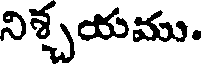
నిశ్చయము.